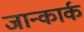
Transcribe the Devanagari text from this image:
जान्कार्क